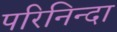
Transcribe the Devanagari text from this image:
परिनिन्दा